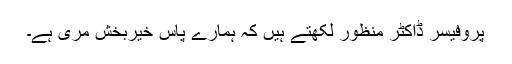
پروفیسر ڈاکٹر منظور لکھتے ہیں کہ ہمارے پاس خیربخش مری ہے۔